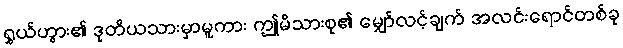
ရွှယ်ဟွား၏ ဒုတိယသားမှာမူကား ဤမိသားစု၏ မျှော်လင့်ချက် အလင်းရောင်တစ်ခု